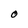
Character: O